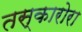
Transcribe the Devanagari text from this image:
तस्कारोरा